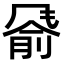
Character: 𬲂